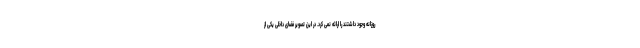
روزانه وجود داشتند را ارائه نمی کرد. در این تصویر فضای داخلی یکی از